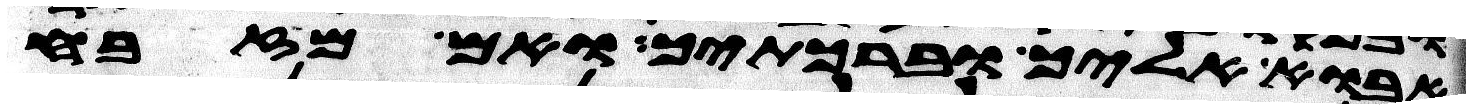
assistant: אבוא אליך וברכתיך ואם מזבח